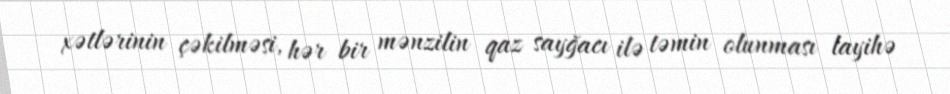
xətlərinin çəkilməsi, hər bir mənzilin qaz sayğacı ilə təmin olunması layihə